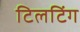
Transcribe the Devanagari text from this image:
टिलटिंग